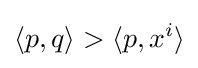
\langle p,q\rangle >\langle p,x^{i}\rangle